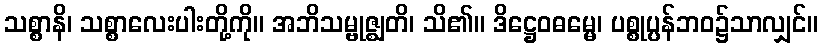
သစ္စာနိ၊ သစ္စာလေးပါးတို့ကို။ အဘိသမ္ဗုဇ္ဈတိ၊ သိ၏။ ဒိဋ္ဌေဝဓမ္မေ၊ ပစ္စုပ္ပန်ဘဝ၌သာလျှင်။